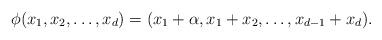
LaTeX: \begin{align*} \phi(x_1,x_2,\ldots, x_d)=(x_1+\alpha, x_1+x_2,\ldots, x_{d-1}+x_d). \end{align*}